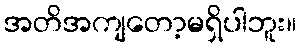
အတိအကျတော့မရှိပါဘူး။